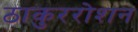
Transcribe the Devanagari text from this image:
ठाकुररोशन